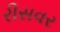
રીસવર